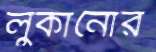
লুকানোর